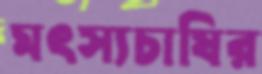
মৎস্যচাষির